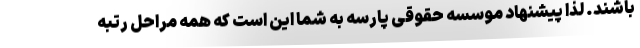
باشند. لذا پیشنهاد موسسه حقوقی پارسه به شما این است که همه مراحل رتبه